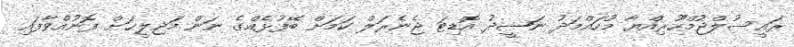
ރައީސުލްޖުމްހޫރިއްޔާ މުހައްމަދު ނަޝީދު އޮޑިޓަ ޖެނެރަލް ކަމަށް ބޭފުޅެއްގެ ނަން މަޖިލީހަށް ފޮނުއްވާފައި